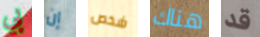
بي إن شخص هناك قد